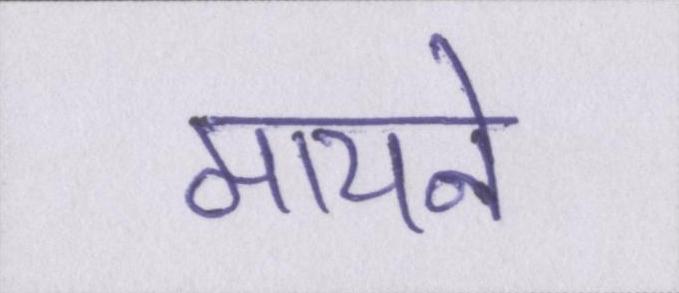
मायने